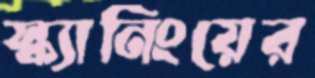
স্ক্যানিংয়ের